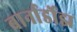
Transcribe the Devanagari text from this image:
बार्नार्डोझ